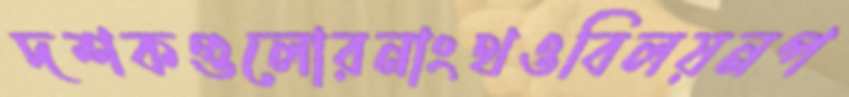
দশকগুলোরনাংথওবিলয়নপ